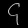
Digit: ၄